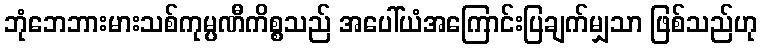
ဘုံဘေဘားမားသစ်ကုမ္ပဏီကိစ္စသည် အပေါ်ယံအကြောင်းပြချက်မျှသာ ဖြစ်သည်ဟု